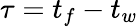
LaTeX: \tau=t_{f}-t_{w}